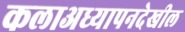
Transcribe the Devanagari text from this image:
कलाअध्यापनदेखील